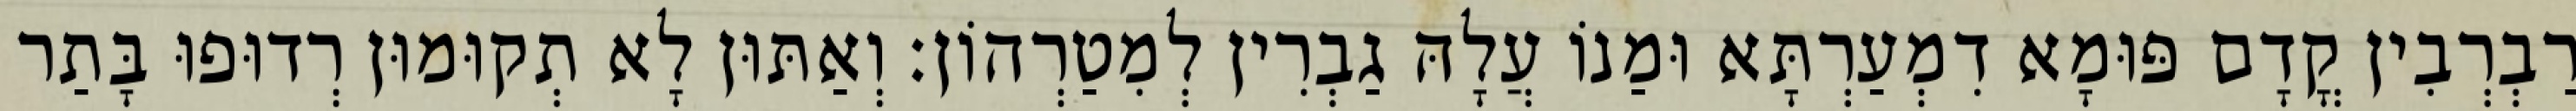
רַבְרְבִין קֳדָם פּוּמָא דִמְעַרְתָּא וּמַנוֹ עֲלָהּ גַבְרִין לְמִטַרְהוֹן׃ וְאַתּוּן לָא תְקוּמוּן רְדוּפוּ בָּתַר